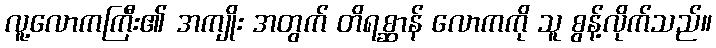
လူ့လောကကြီး၏ အကျိုး အတွက် တိရစ္ဆာန် လောကကို သူ စွန့်လိုက်သည်။